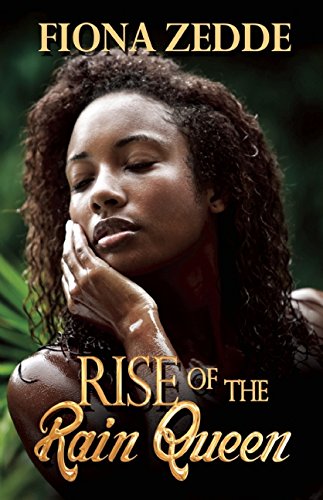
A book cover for Rise of the Rain Queen; Fiona Zedde; Romance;